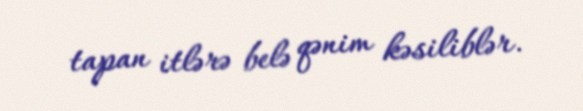
tapan itlərə belə qənim kəsiliblər.